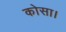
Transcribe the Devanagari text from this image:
कोसा।